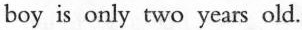
boy is only two years old.